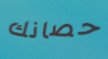
حصانك